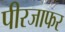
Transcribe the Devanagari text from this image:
पीरजाफर